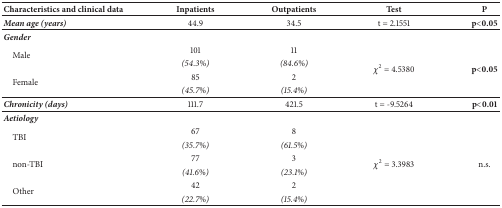
| Characteristics and clinical data | Inpatients | Outpatients | Test | P |
 | --- | --- | --- | --- | --- |
 | Mean age (years) | 44.9 | 34.5 | t = 2.1551 | p<0.05 |
 | <COLSPAN=5> Gender |
 | <ROWSPAN=2> Male | 101 | 11 | <ROWSPAN=4> χ2 = 4.5380 | <ROWSPAN=4> p<0.05 |
 | (54.3%) | (84.6%) |
 | <ROWSPAN=2> Female | 85 | 2 |
 | (45.7%) | (15.4%) |
 | Chronicity (days) | 111.7 | 421.5 | t = -9.5264 | p<0.01 |
 | <COLSPAN=5> Aetiology |
 | <ROWSPAN=2> TBI | 67 | 8 | <ROWSPAN=6> χ2 = 3.3983 | <ROWSPAN=6> n.s. |
 | (35.7%) | (61.5%) |
 | <ROWSPAN=2> non-TBI | 77 | 3 |
 | (41.6%) | (23.1%) |
 | <ROWSPAN=2> Other | 42 | 2 |
 | (22.7%) | (15.4%) |